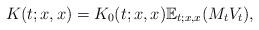
LaTeX: \begin{align*}K(t;x,x)=K_0(t;x,x)\mathbb E_{t;x,x}(M_tV_t), \end{align*}